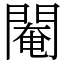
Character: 閹